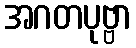
အဂတပုဗ္ဗာ